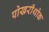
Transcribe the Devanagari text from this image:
पोखरीथोक